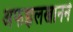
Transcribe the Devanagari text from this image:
अफझलखानने